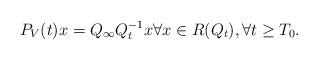
LaTeX: \begin{align*}P_V(t)x = Q_\infty Q_t^{-1}x \forall x\in R(Q_t), \forall t\ge T_0.\end{align*}